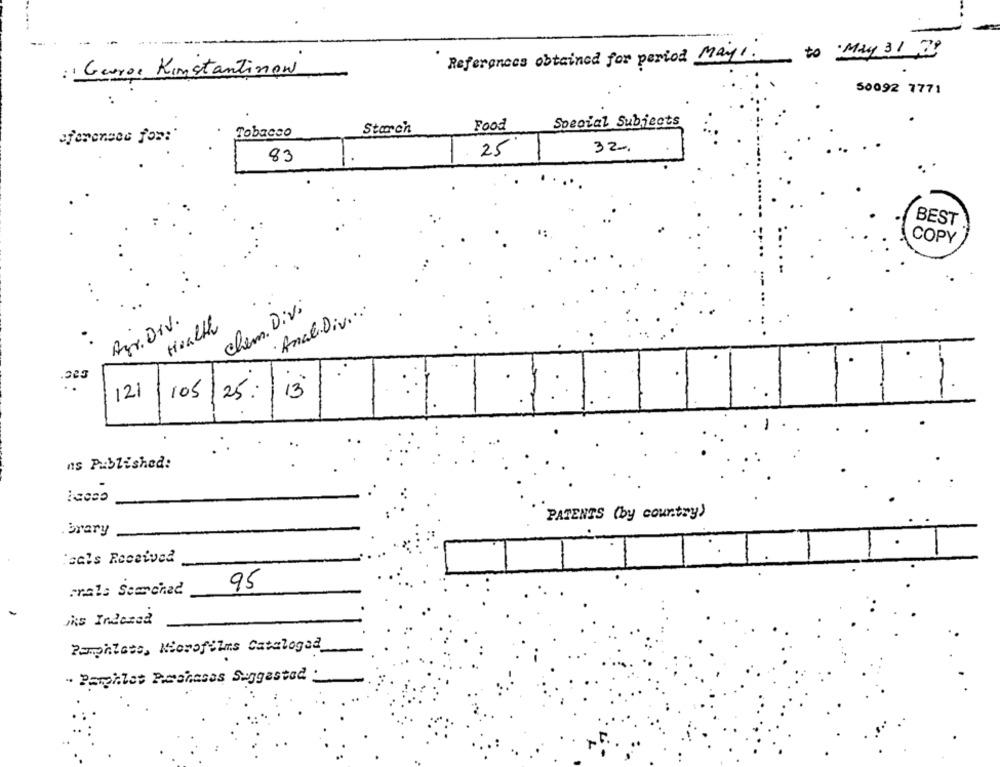
-
to May 31 ,2"
References obtained for period May !!
: Gueros Konstantinow
50092 7771
Starch
Food
Special Subjects
sferensee fos:"
Tobacco
25
32.
83
BEST
COPY
chem. Divi
· Anal.Div ..
Azr. Div.
Health
105
121
25:
13
ns Published:
PATENTS (by country)
. Brary
'sals Received
prala Semained.
95
its Indexed
Pamphlets, Microfilms Catalogad
. Pamphlet Purchases Suggested